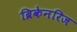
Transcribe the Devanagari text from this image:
ब्रिकेनरिज